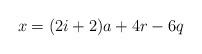
LaTeX: \begin{align*}x = (2i+2) a + 4 r - 6 q \end{align*}